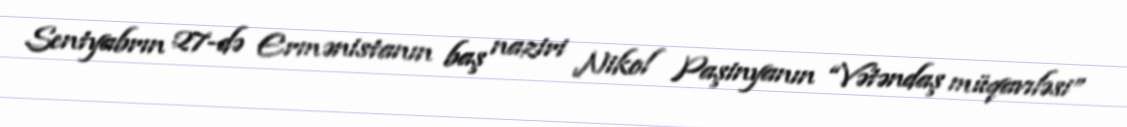
Sentyabrın 27-də Ermənistanın baş naziri Nikol Paşinyanın “Vətəndaş müqavıləsi”